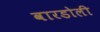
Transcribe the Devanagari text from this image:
वारडोली